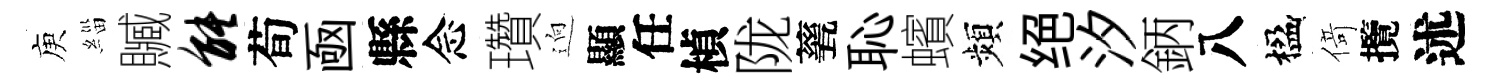
庾緇贓能荀凾縣念瓚逈顯任楨陇甆恥蠙頻绝汐鈵八楹𠋣攬述